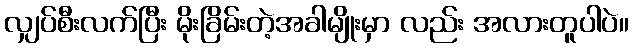
လျှပ်စီးလက်ပြီး မိုးခြိမ်းတဲ့အခါမျိုးမှာ လည်း အလားတူပါပဲ။